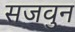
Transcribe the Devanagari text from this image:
सजवुन